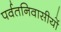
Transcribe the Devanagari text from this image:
पर्वतनिवासीयों